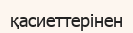
қасиеттерінен